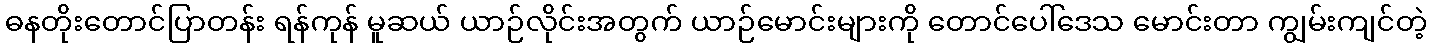
ဓနတိုးတောင်ပြာတန်း ရန်ကုန် မူဆယ် ယာဉ်လိုင်းအတွက် ယာဉ်မောင်းများကို တောင်ပေါ်ဒေသ မောင်းတာ ကျွမ်းကျင်တဲ့